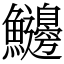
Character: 𩽲